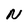
Character: N